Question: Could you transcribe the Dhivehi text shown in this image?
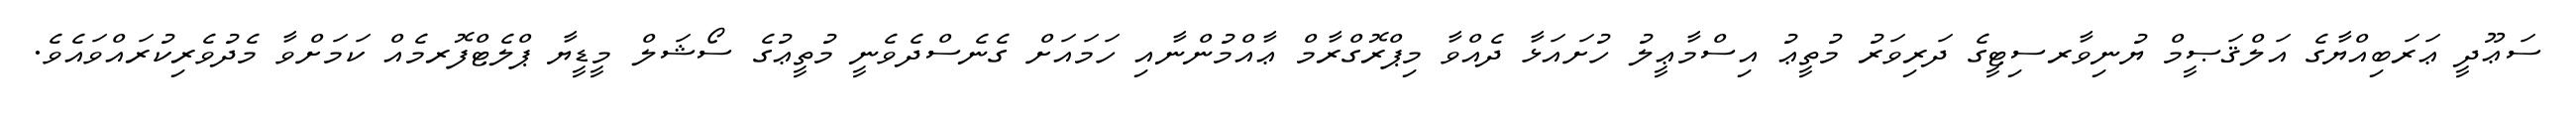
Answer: ސަޢޫދީ ޢަރަބިއްޔާގެ އަލްޤަޞީމް ޔުނިވާރސިޓީގެ ދަރިވަރު މުތީޢު އިސްމާޢީލު ހުށައަޅާ ދެއްވާ މިޕްރޮގްރާމް ޢާއްމުންނާއި ހަމައަށް ގެނެސްދެވެނީ މުތީޢުގެ ސޯޝަލް މީޑީޔާ ޕްލެޓްފޮރމެއް ކަމަށްވާ މެދުވެރިކުރައްވައެވެ.